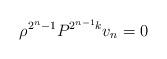
LaTeX: \begin{align*}\rho^{2^n-1} P^{2^{n-1} k} v_n = 0\end{align*}